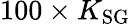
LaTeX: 100\times K_{\mathrm{SG}}